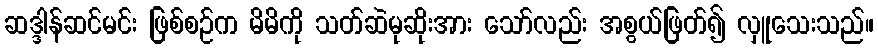
ဆဒ္ဒါန်ဆင်မင်း ဖြစ်စဉ်က မိမိကို သတ်ဆဲမုဆိုးအား သော်လည်း အစွယ်ဖြတ်၍ လှူသေးသည်။